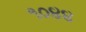
૧૦૪૪